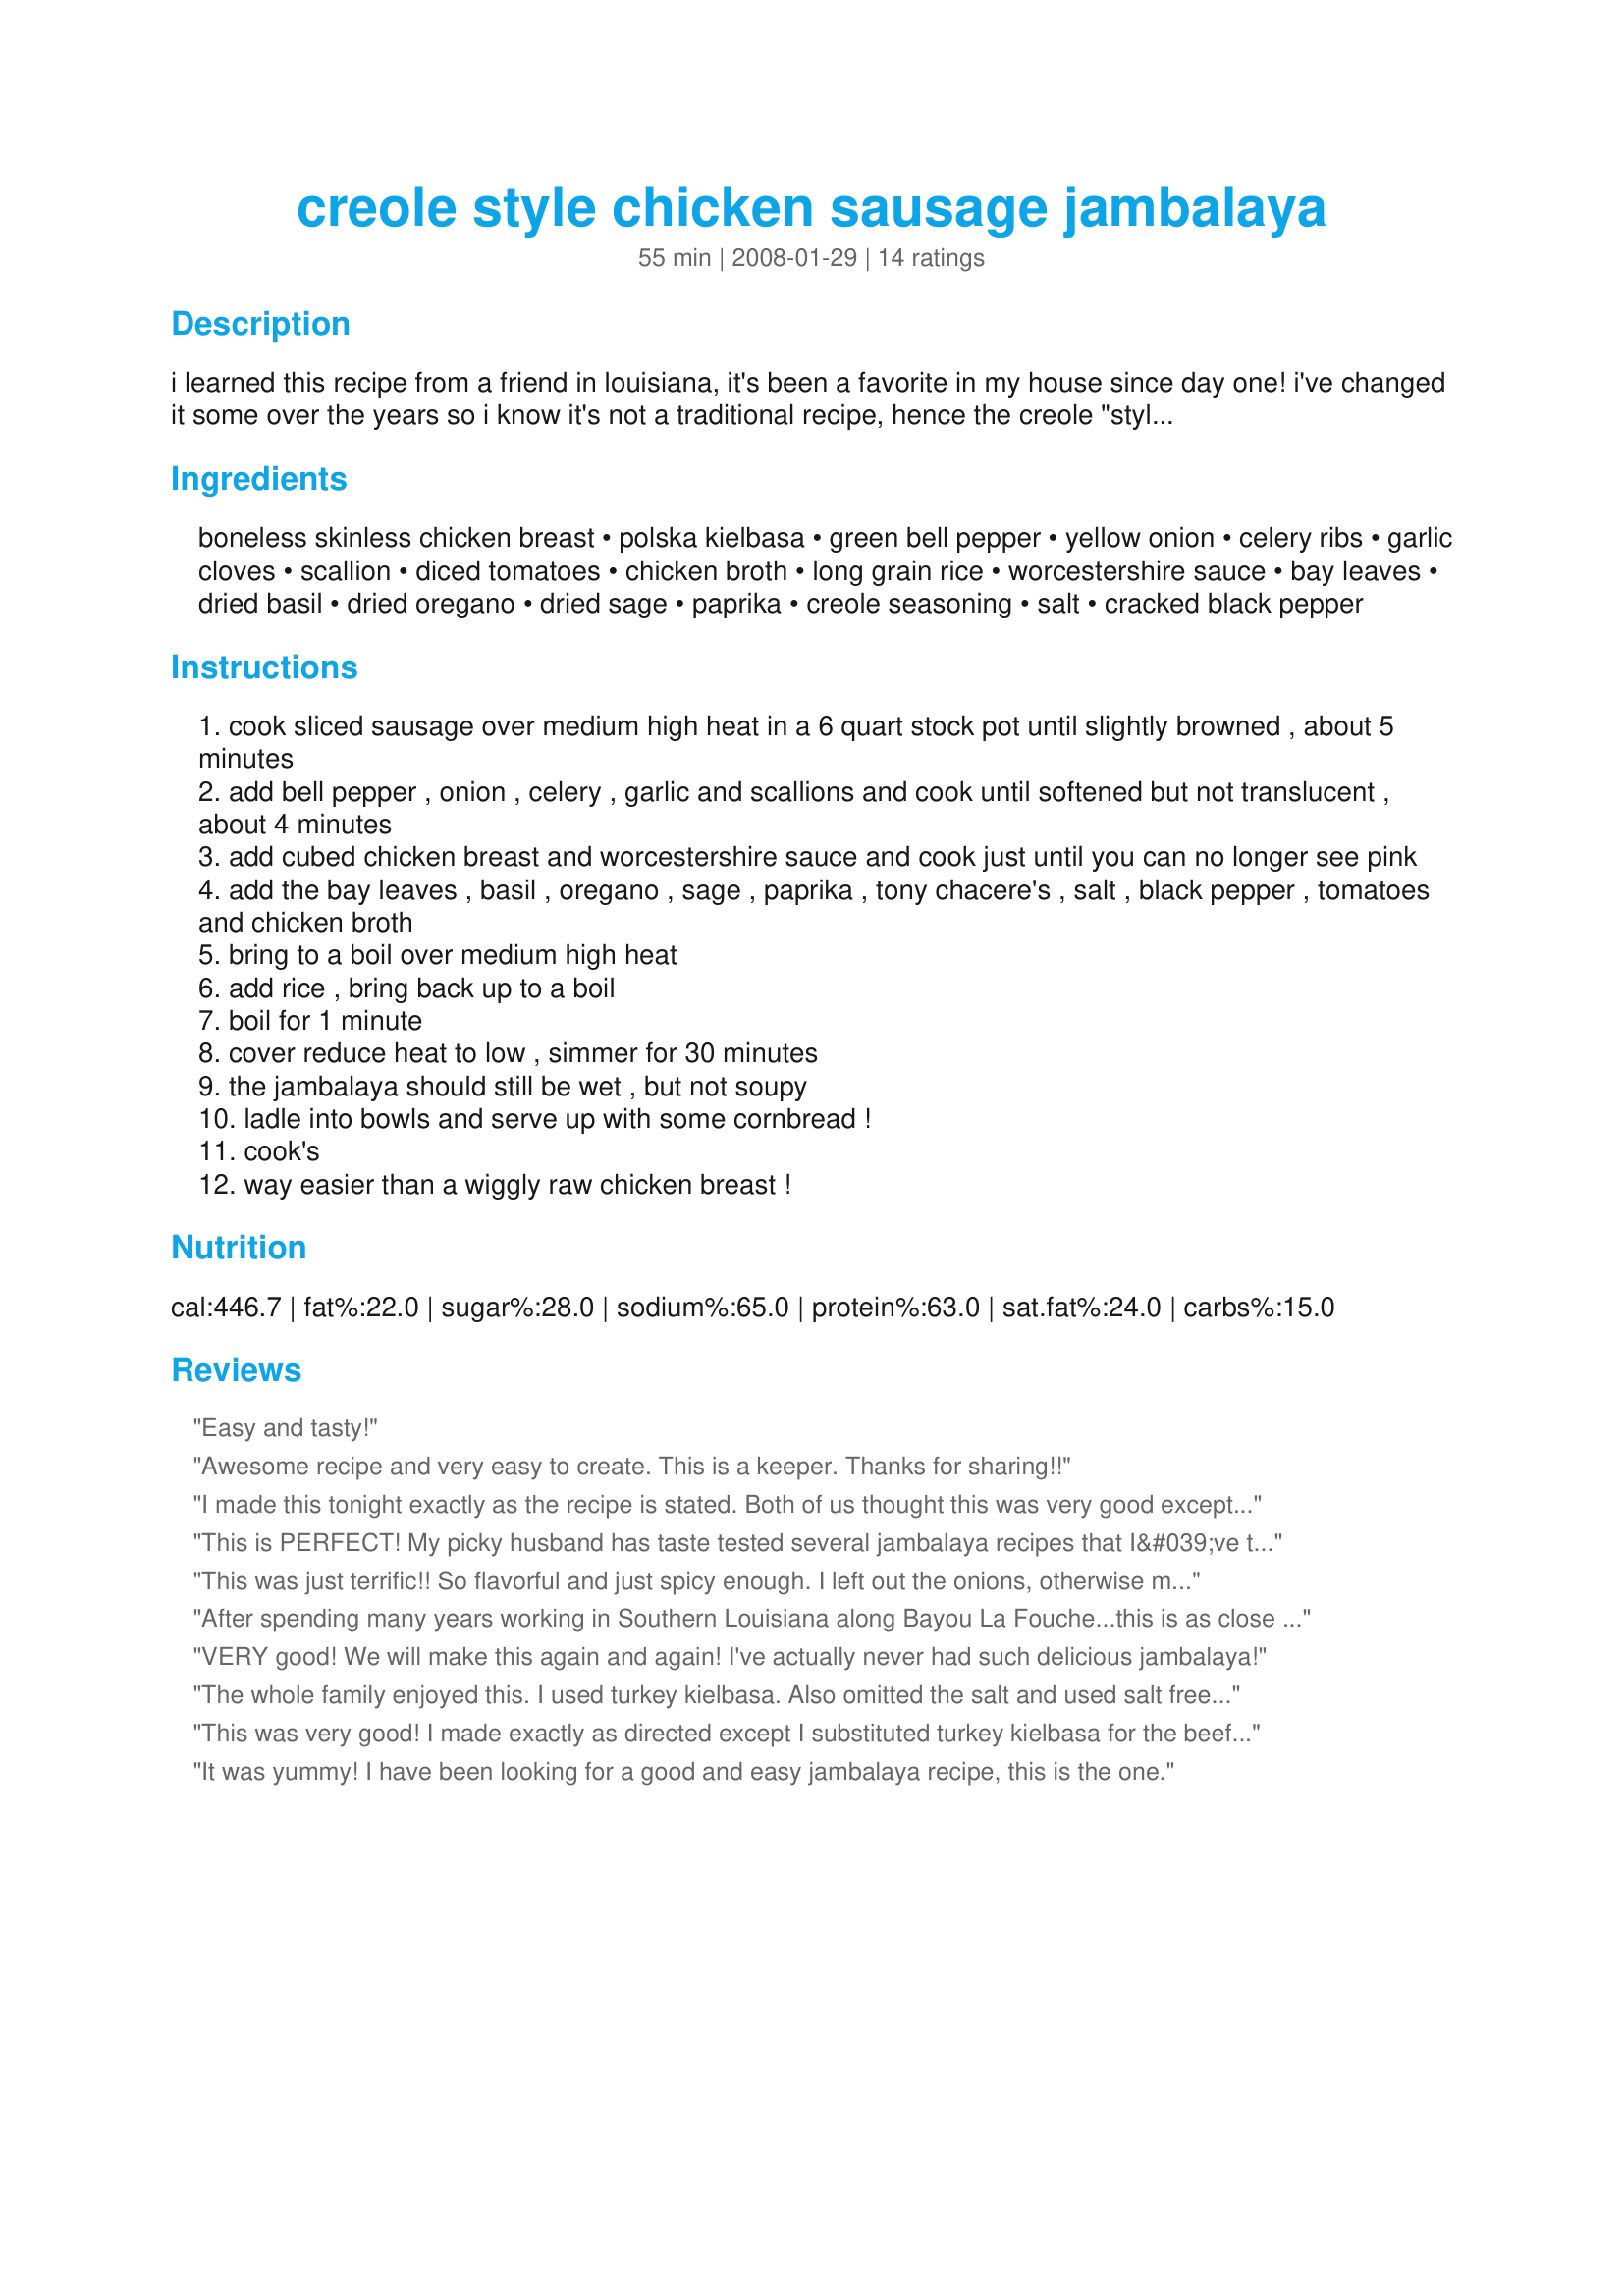
creole style chicken sausage jambalaya
Preparation time: 55 minutes

i learned this recipe from a friend in louisiana, it's been a favorite in my house since day one! i've changed it some over the years so i know it's not a traditional recipe, hence the creole "style" title! i usually serve it up with some cornbread muffins and sweet tea. delicious!

Ingredients:
boneless skinless chicken breast, polska kielbasa, green bell pepper, yellow onion, celery ribs, garlic cloves, scallion, diced tomatoes, chicken broth, long grain rice, worcestershire sauce, bay leaves, dried basil, dried oregano, dried sage, paprika, creole seasoning, salt, cracked black pepper

Steps:
cook sliced sausage over medium high heat in a 6 quart stock pot until slightly browned , about 5 minutes
add bell pepper , onion , celery , garlic and scallions and cook until softened but not translucent , about 4 minutes
add cubed chicken breast and worcestershire sauce and cook just until you can no longer see pink
add the bay leaves , basil , oregano , sage , paprika , tony chacere's , salt , black pepper , tomatoes and chicken broth
bring to a boil over medium high heat
add rice , bring back up to a boil
boil for 1 minute
cover reduce heat to low , simmer for 30 minutes
the jambalaya should still be wet , but not soupy
ladle into bowls and serve up with some cornbread !
cook's
way easier than a wiggly raw chicken breast !

Reviews:
Easy and tasty!
Awesome recipe and very easy to create. This is a keeper. Thanks for sharing!!
I made this tonight exactly as the recipe is stated. Both of us thought this was very good except the recommended amount of Tony Chachere’s made it pretty spicy. Next time I'll use 1/3-1/2 the recommended amount. Otherwise everything is spot on. Thanks so much, Heirloom, for submitting your recipe.
This is PERFECT! My picky husband has taste tested several jambalaya recipes that I&#039;ve tried and always found something wrong with them. He is sitting next to me devouring it right now.. This will be on regular rotation in our household! Just a note - I used turkey kielbasa to cut down on the fat, I didn&#039;t have bell peppers, so I substituted a jalape&ntilde;o (seeded and ribbed), and I think I like it better - adds a little extra kick if you like spice (but not too much that it was overwhelming). Also, I am usually heavy handed on salt, but even I didn&#039;t think this one needed any extra. The Tony Chacheri&#039;s has plenty of salt by itself. This is a simple, yet delicious recipe!!
This was just terrific!! So flavorful and just spicy enough. I left out the onions, otherwise made just as specified. Mine came out nice and thick, not soupy at all. Thanks for posting this delicious winner! Made for the Best of 2008 event
After spending many years working in Southern Louisiana along Bayou La Fouche...this is as close as I have found to the traditional recipes. I left out the sage and bay leaf. I didnt feel like running back to the store. I will make it again replacing the chicken with 2 pounds of large shrimp.
VERY good! We will make this again and again! I've actually never had such delicious jambalaya!
The whole family enjoyed this. I used turkey kielbasa. Also omitted the salt and used salt free Tony Chaceres (yes, they have that now!) and it was still plenty salty. Great with cornbread.
This was very good! I made exactly as directed except I substituted turkey kielbasa for the beef. We had company over for supper, and this was filling and hearty and everyone loved the flavors. It was not soupy or goupy - it was thick and rich. As suggested, I served with cornbread. I also served with cauliflower and green salad. This wasn't terribly spicy, which I appreciated. Those who like spicier foods may want to add some red pepper flakes or hotter peppers. Thanks for a great recipe! I took a photo while it was still in my pot!
It was yummy! I have been looking for a good and easy jambalaya recipe, this is the one.
5 Stars! I love this "accessible" jambalaya (kielbasa instead of andouille sausage; I bought Tony Chacere's Creole seasoning online and received it promptly). The seasonings hit a bulls-eye! The directions didn't say, so I added the Worcestershire sauce with the tomatoes. Testifying 5.05.08 that this cooks up deliciously after freezing, DH is also a "believer". Made originally for PAC Spring 2008, but DH demanded I make this again and again. Photo added 7/23/08.
I have now made this dish many times with happy family members every time. My wife liked it best with the polska kelbas while my teenage son liked to substitute the meats with Johnsonville brats crumbled and browned. What I find amazing is the broth which is packed with flavor. It may start off soupy but if you let simmer long enough the rice will thicken it up. I like the broth so much that sometimes I 1.5 or double the chicken broth and spices. I have made several recipes and after this one, I am searching no more, this one is the one.
This Jambalaya was terrific!! I had some cooked chicken in my kitchen. So I stirred it in with the rice. Other than that, I did exactly what the recipe states. Amazing result! Will make again!
Really good - followed the recipe exactly, except I used fresh tomatoes out of the garden. Family all had seconds. Served with some okra (for those who liked okra added), and a side of wax + green + kidney beans with bacon and pepper. Will definitely make again.
